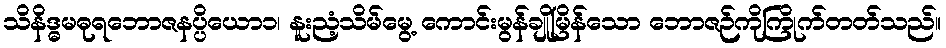
သိနိဒ္ဓမဓုရဘောဇနပ္ပိယော၁၊ နူးညံ့သိမ်မွေ့ ကောင်းမွန်ချိုမြိန်သော ဘောဇဉ်ကိုကြိုက်တတ်သည်။